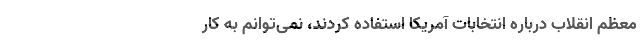
معظم انقلاب درباره انتخابات ‌آمریکا استفاده کردند، نمی‌توانم به کار